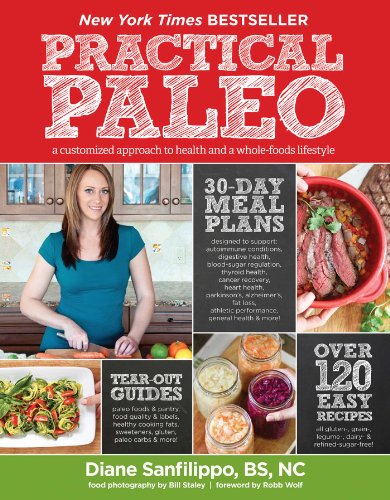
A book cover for Practical Paleo: A Customized Approach to Health and a Whole-Foods Lifestyle; Diane Sanfilippo; Cookbooks, Food & Wine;